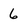
Character: 6